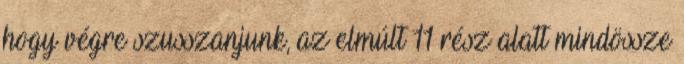
hogy végre szusszanjunk, az elmúlt 11 rész alatt mindössze